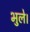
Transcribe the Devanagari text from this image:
भुले।